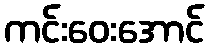
ကင်းဝေးအောင်